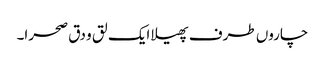
چاروں طرف پھیلا ایک لق و دق صحرا۔